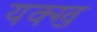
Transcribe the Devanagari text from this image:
यक्ख